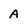
Character: A